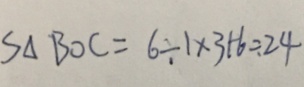
S _ { \Delta } B O C = 6 \div 1 \times 3 + 6 \div 2 4